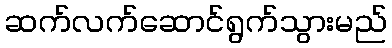
ဆက်လက်ဆောင်ရွက်သွားမည်